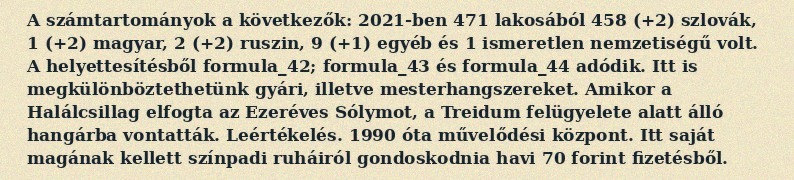
A számtartományok a következők: 2021-ben 471 lakosából 458 (+2) szlovák, 1 (+2) magyar, 2 (+2) ruszin, 9 (+1) egyéb és 1 ismeretlen nemzetiségű volt. A helyettesítésből formula_42; formula_43 és formula_44 adódik. Itt is megkülönböztethetünk gyári, illetve mesterhangszereket. Amikor a Halálcsillag elfogta az Ezeréves Sólymot, a Treidum felügyelete alatt álló hangárba vontatták. Leértékelés. 1990 óta művelődési központ. Itt saját magának kellett színpadi ruháiról gondoskodnia havi 70 forint fizetésből.